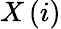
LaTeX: X\, (i)